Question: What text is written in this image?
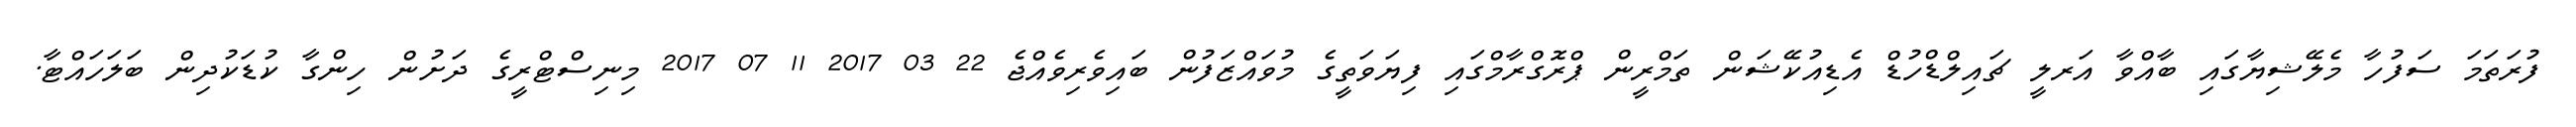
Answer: ފުރަތަމަ ސަފުހާ މެލޭޝިޔާގައި ބާއްވާ އަރލީ ޗައިލްޑްހުޑް އެޑިއުކޭޝަން ތަމްރީން ޕްރޮގްރާމްގައި ފިޔަވަތީގެ މުވައްޒަފުން ބައިވެރިވެއްޖެ 22 03 2017 11 07 2017 މިނިސްޓްރީގެ ދަށުން ހިންގާ ކުޑަކުދިން ބަލަހައްޓާ.